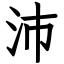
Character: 沛